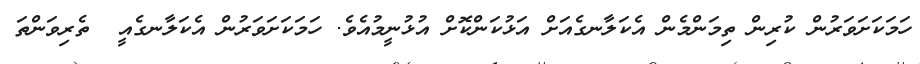
ހަމަކަށަވަރުން ކުރިން ތިމަންމެން އެކަލާނގެއަށް އަޅުކަންކޮށް އުޅުނީމުއެވެ. ހަމަކަށަވަރުން އެކަލާނގެއީ  ތެރިވަންތަ